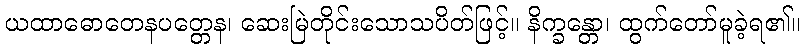
ယထာဓောတေနပတ္တေန၊ ဆေးမြဲတိုင်းသောသပိတ်ဖြင့်။ နိက္ခန္တော၊ ထွက်တော်မူခဲ့ရ၏။